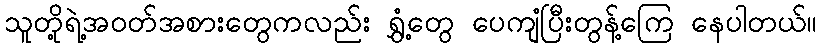
သူတို့ရဲ့အဝတ်အစားတွေကလည်း ရွှံ့တွေ ပေကျံပြီးတွန့်ကြေ နေပါတယ်။